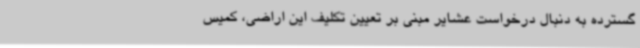
گسترده به دنبال درخواست عشایر مبنی بر تعیین تکلیف این اراضی، کمیس